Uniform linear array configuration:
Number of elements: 12
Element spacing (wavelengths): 0.75
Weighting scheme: kaiser
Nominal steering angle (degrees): -30
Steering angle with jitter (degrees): -30.59
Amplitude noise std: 0.05
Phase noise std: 0.05

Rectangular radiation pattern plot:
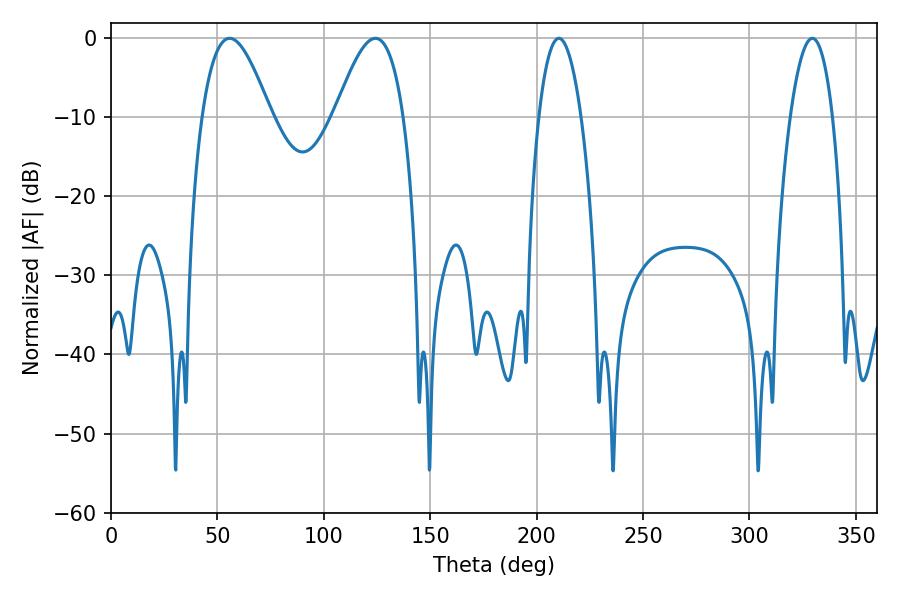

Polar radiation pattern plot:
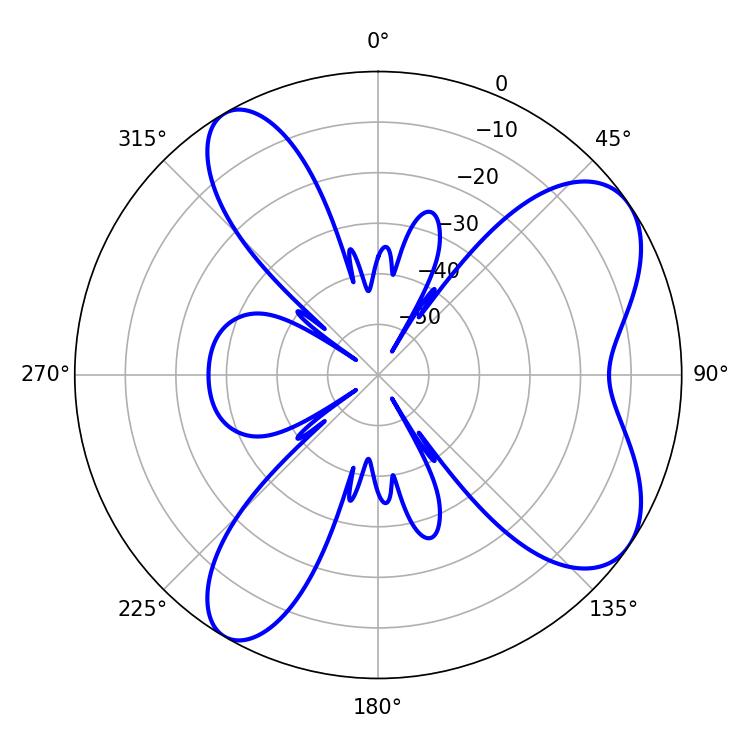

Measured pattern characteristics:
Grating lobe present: TRUE
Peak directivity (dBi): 7.414
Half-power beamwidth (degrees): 11.16
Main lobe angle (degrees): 210.42